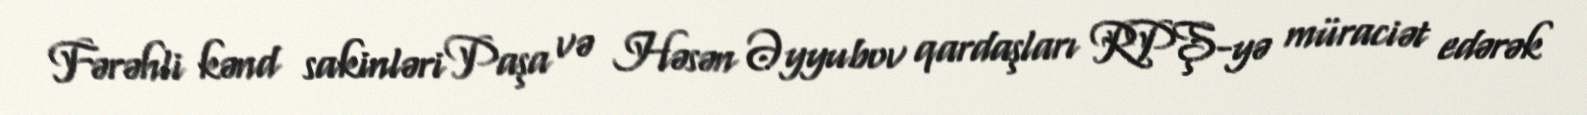
Fərəhli kənd sakinləri Paşa və Həsən Əyyubov qardaşları RPŞ-yə müraciət edərək